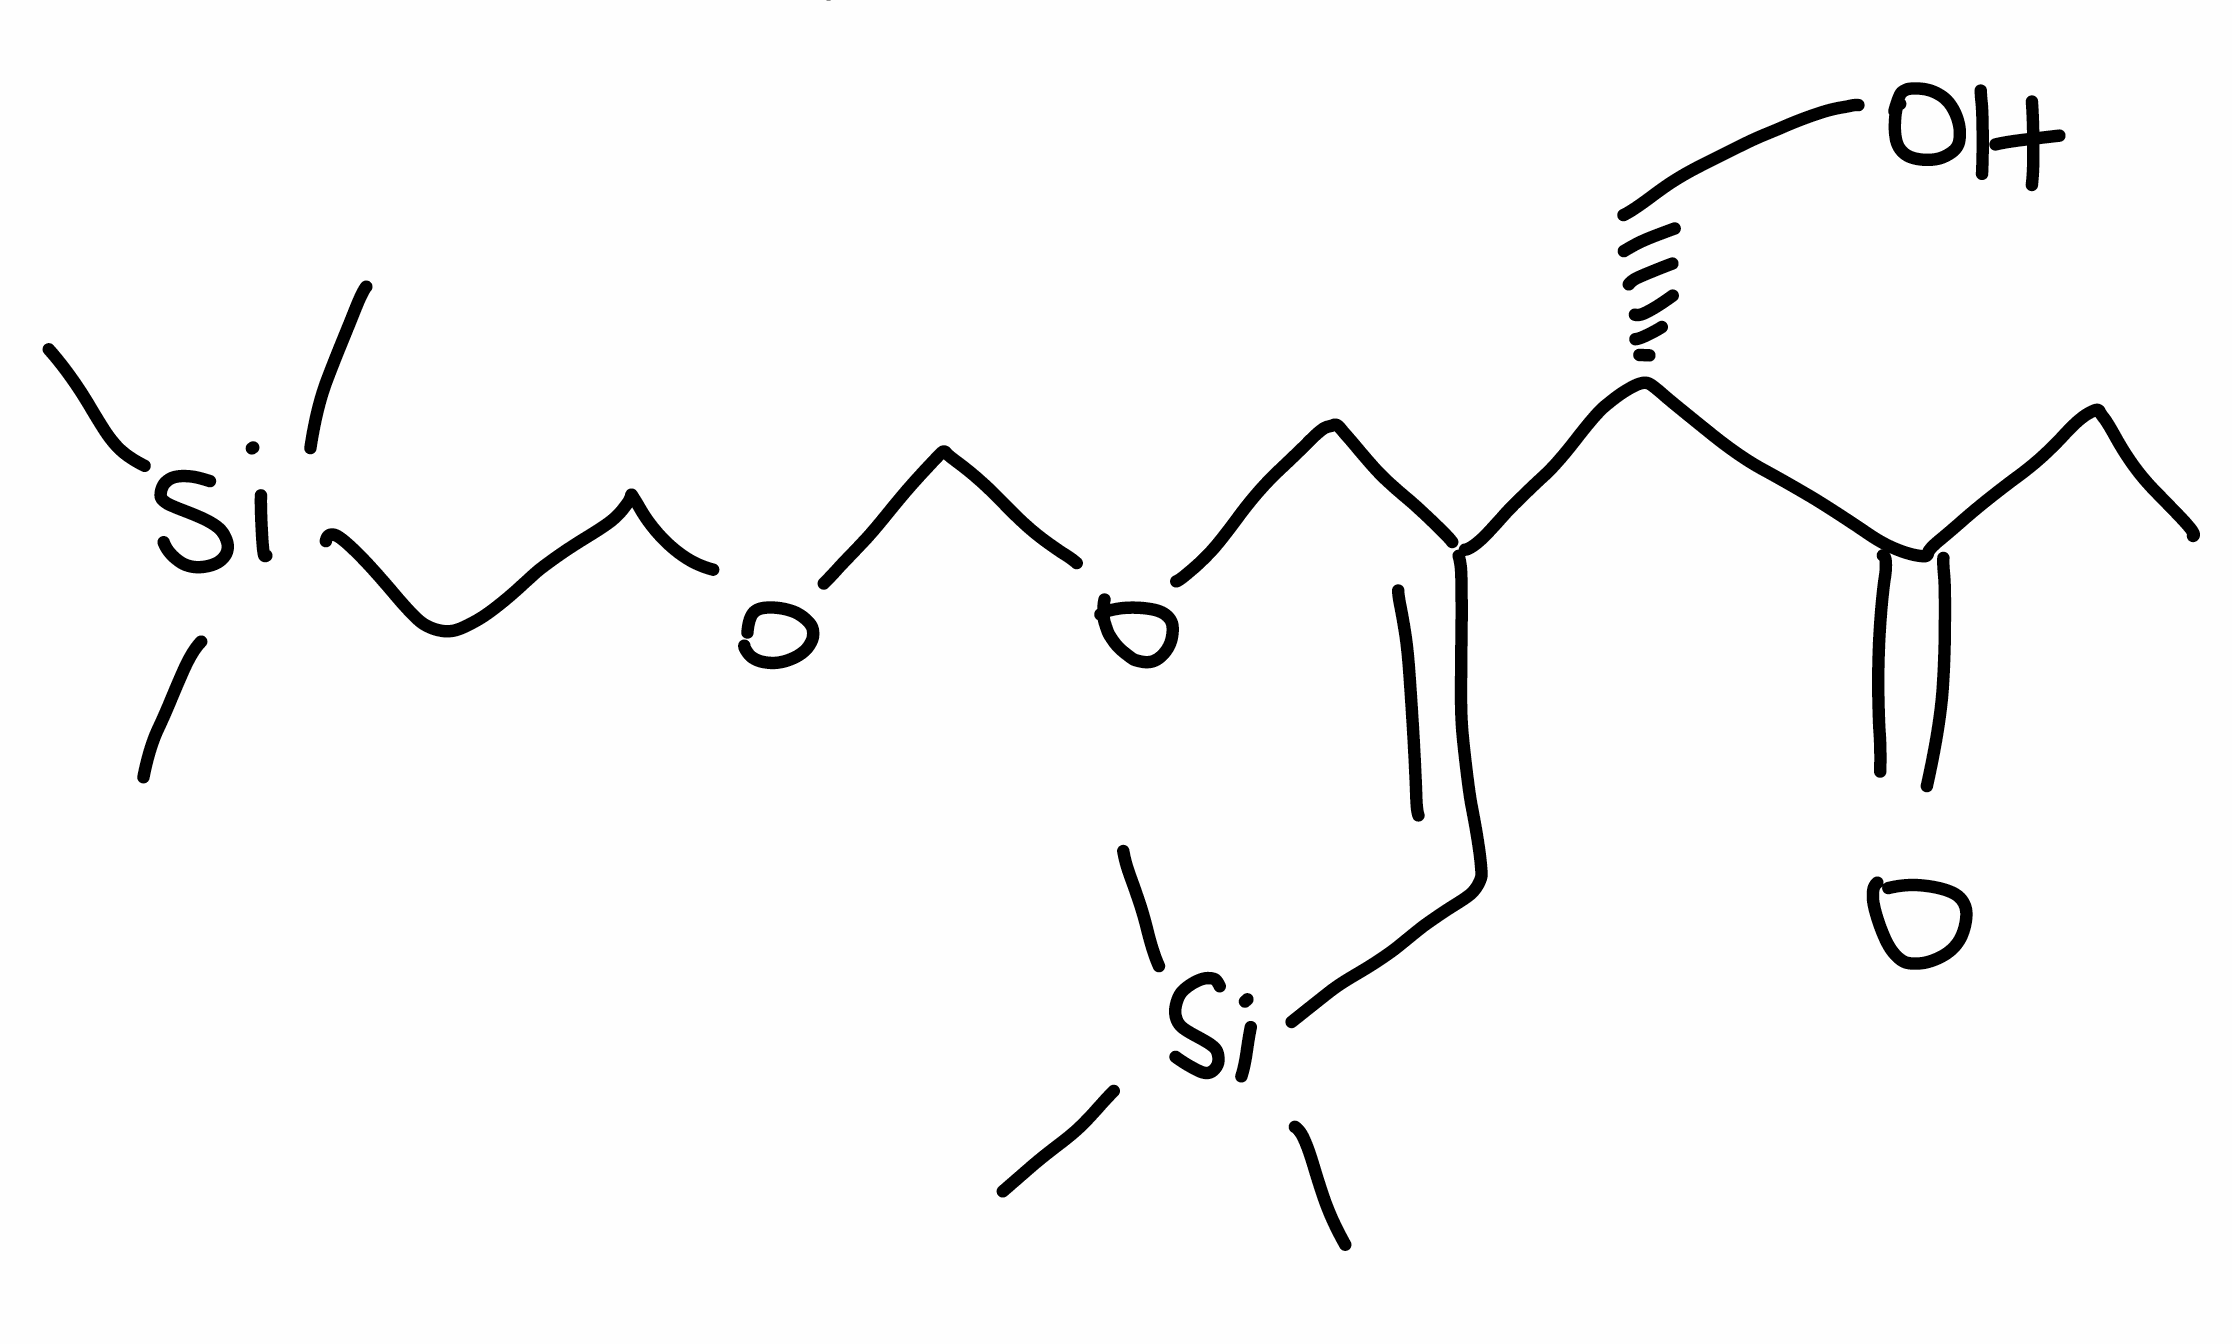
Simplified molecular-input line-entry system (SMILES) notation of the given molecule:
CCC(=O)[C@@H](CO)/C(=C/[Si](C)(C)C)/COCOCC[Si](C)(C)C